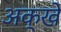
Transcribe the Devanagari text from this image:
अक्खे